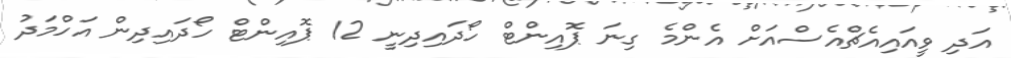
އަދި ވީއައިއެޗްއެސްއަށް އެންމެ ގިނަ ޕޮއިންޓް ހޯދައިދިނީ 12 ޕޮއިންޓް ހޯދައިދިން އަހްމަދު